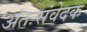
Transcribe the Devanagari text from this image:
अंतःसंवेदक